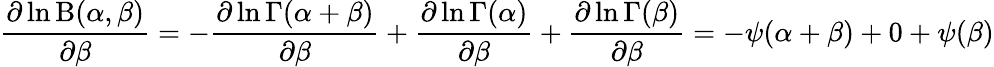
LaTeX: {\frac{\partial\ln\mathrm{B}(\alpha,\beta)}{\partial\beta}}=-{\frac{\partial\ln\Gamma(\alpha+\beta)}{\partial\beta}}+{\frac{\partial\ln\Gamma(\alpha)}{\partial\beta}}+{\frac{\partial\ln\Gamma(\beta)}{\partial\beta}}=-\psi(\alpha+\beta)+0+\psi(\beta)